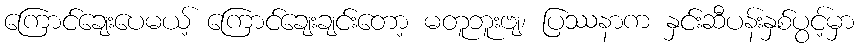
ကြောင်ချေးပေမယ့် ကြောင်ချေးချင်းတော့ မတူဘူးဗျ၊ ပြဿနာက နှင်းဆီပန်းနှစ်ပွင့်မှာ